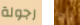
رجولة أنك